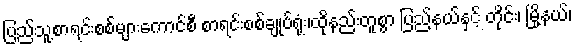
ပြည်သူ့စာရင်းစစ်များကောင်စီ စာရင်းစစ်ချုပ်ရုံး၊ထိုနည်းတူစွာ ပြည်နယ်နှင့် တိုင်း၊ မြို့နယ်၊